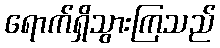
ရောက်ရှိသွားကြသည်